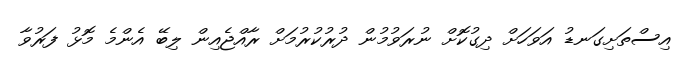
އިސްތަށިގަނޑު އަވަހަށް ދިގުކޮށް ނުރަވުމުން ދުރުކުރުމަށް ރާއްޖެއިން ލިބޭ އެންމެ މޮޅު ފަރުވާ